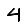
Digit: 4